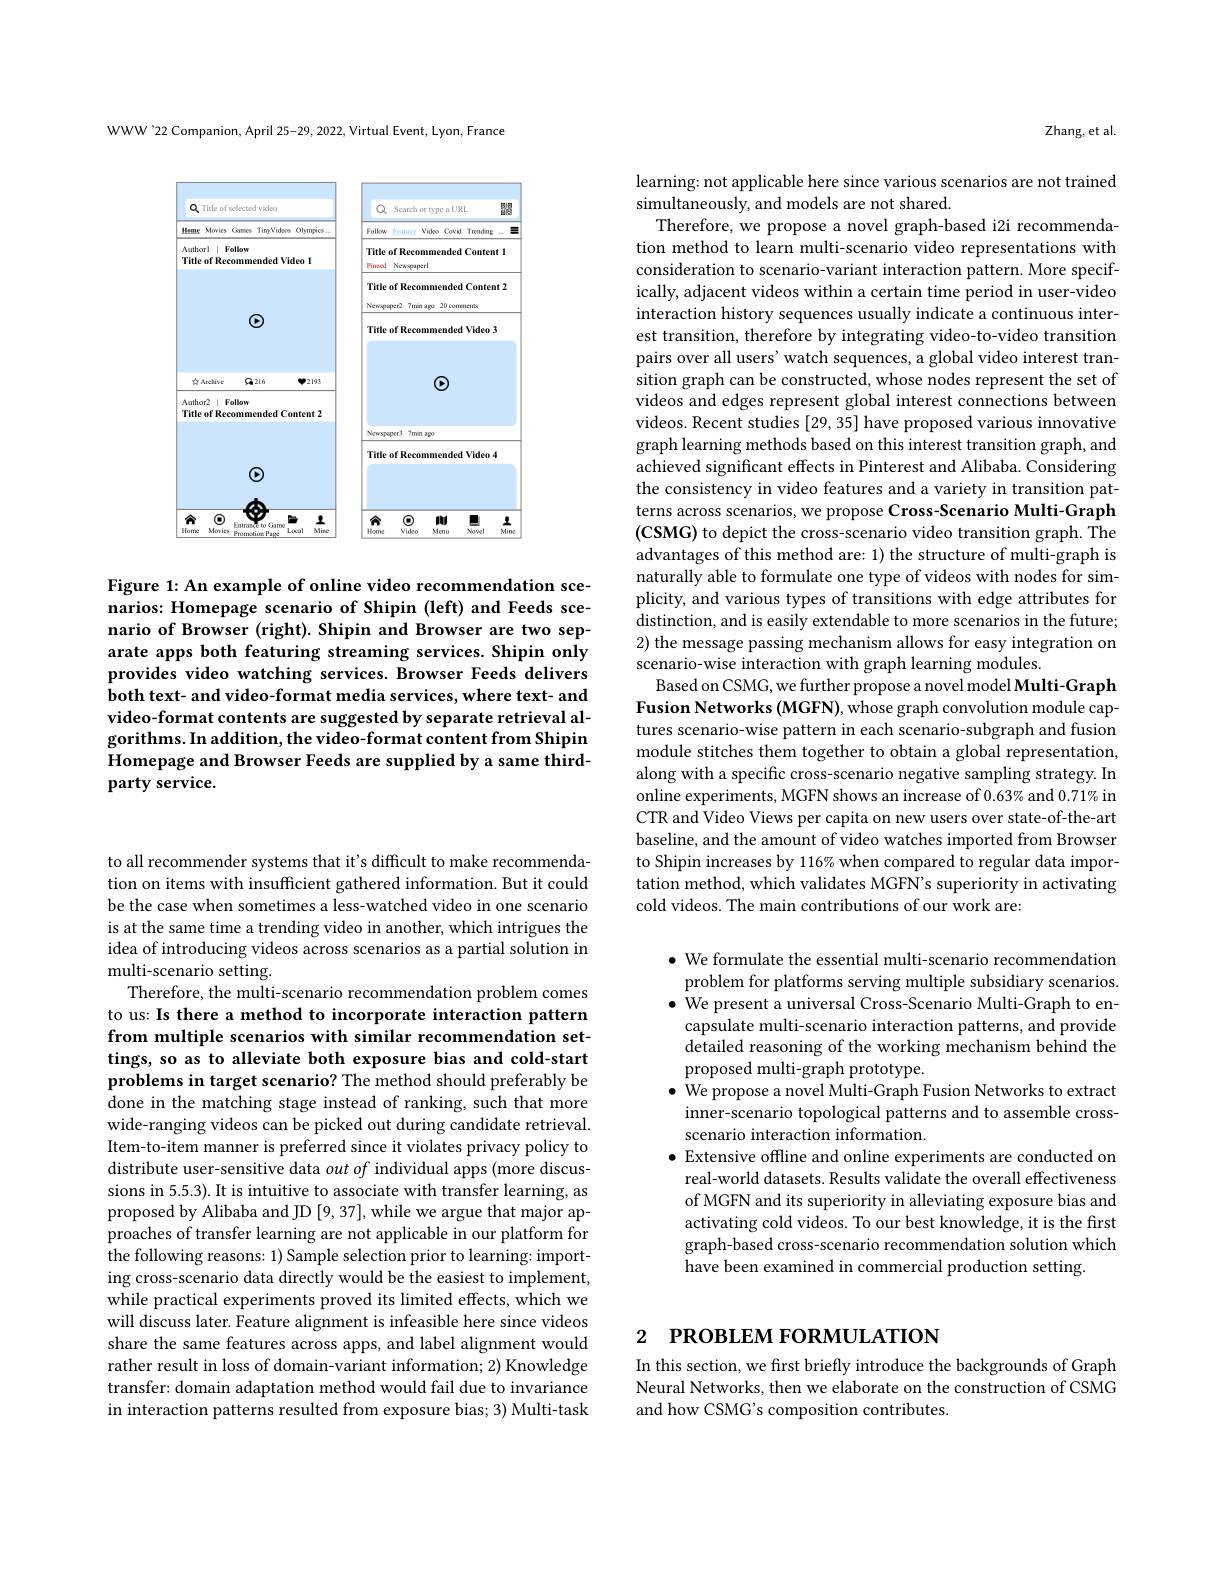
to all recommender systems that it's difficult to make recommendation on items with insufficient gathered information. But it could be the case when sometimes a less-watched video in one scenario is at the same time a trending video in another, which intrigues the idea of introducing videos across scenarios as a partial solution in multi-scenario setting.
Therefore, the multi-scenario recommendation problem comes to us: Is there a method to incorporate interaction pattern from multiple scenarios with similar recommendation settings, so as to alleviate both exposure bias and cold-start problems in target scenario? The method should preferably be done in the matching stage instead of ranking, such that more wide-ranging videos can be picked out during candidate retrieval. Item-to-item manner is preferred since it violates privacy policy to distribute user-sensitive data out of individual apps (more discussions in 5.5.3). It is intuitive to associate with transfer learning, as proposed by Alibaba and JD [9,37],while we argue that major approaches of transfer learning are not applicable in our platform for the following reasons: 1) Sample selection prior to learning: importing cross-scenario data directly would be the easiest to implement, while practical experiments proved its limited effects, which we will discuss later. Feature alignment is infeasible here since videos share the same features across apps, and label alignment would rather result in loss of domain-variant information; 2) Knowledge transfer: domain adaptation method would fail due to invariance in interaction patterns resulted from exposure bias; 3) Multi-task

WWW 22 Companion, April 25-29, 2022, Virtual Event, Lyon, France

<FigureHere>

Figure 1: An example of online video recommendation scenarios: Homepage scenario of Shipin (left) and Feeds scenario of Browser (right). Shipin and Browser are two separate apps both featuring streaming services. Shipin only provides video watching services. Browser Feeds delivers both text- and video-format media services, where text- and video-format contents are suggested by separate retrieval algorithms. In addition, the video-format content from Shipin Homepage and Browser Feeds are supplied by a same thirdparty service.

Zhang, et al.

learning: not applicable here since various scenarios are not trained
simultaneously, and models are not shared.

Therefore, we propose a novel graph-based i2i recommendation method to learn multi-scenario video representations with consideration to scenario-variant interaction pattern. More specifically, adjacent videos within a certain time period in user-video interaction history sequences usually indicate a continuous interest transition, therefore by integrating video-to-video transition pairs over all users' watch sequences, a global video interest transition graph can be constructed, whose nodes represent the set of videos and edges represent global interest connections between videos. Recent studies [29, 35] have proposed various innovative graph learning methods based on this interest transition graph, and achieved significant effects in Pinterest and Alibaba. Considering the consistency in video features and a variety in transition patterns across scenarios, we propose Cross-Scenario Multi-Graph (CSMG) to depict the cross-scenario video transition graph. The advantages of this method are: 1) the structure of multi-graph is naturally able to formulate one type of videos with nodes for simplicity, and various types of transitions with edge attributes for distinction, and is easily extendable to more scenarios in the future; 2) the message passing mechanism allows for easy integration on scenario-wise interaction with graph learning modules.
Based on CSMG, we further propose a novel model Multi-Graph Fusion Networks (MGFN), whose graph convolution module captures scenario-wise pattern in each scenario-subgraph and fusion module stitches them together to obtain a global representation, along with a specific cross-scenario negative sampling strategy. In online experiments, MGFN shows an increase of $0.63\%$ and $0.71\%$ in CTR and Video Views per capita on new users over state-of-the-art baseline, and the amount of video watches imported from Browser to Shipin increases by 116% when compared to regular data importation method, which validates MGFN's superiority in activating cold videos. The main contributions of our work are:

$\bullet$ We formulate the essential multi-scenario recommendation problem for platforms serving multiple subsidiary scenarios. $\bullet$ We present a universal Cross-Scenario Multi-Graph to en-
capsulate multi-scenario interaction patterns, and provide detailed reasoning of the working mechanism behind the proposed multi-graph prototype.
$\bullet$ We propose a novel Multi-Graph Fusion Networks to extract
inner-scenario topological patterns and to assemble cross-
scenario interaction information.
$\bullet$ Extensive offline and online experiments are conducted on real-world datasets. Results validate the overall effectiveness of MGFN and its superiority in alleviating exposure bias and activating cold videos. To our best knowledge, it is the first graph-based cross-scenario recommendation solution which have been examined in commercial production setting

# 2 РROВLEM FORMULATION

In this section, we first briefly introduce the backgrounds of Graph Neural Networks, then we elaborate on the construction of CSMG and how CSMG's composition contributes